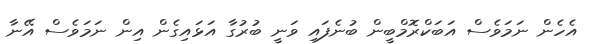
އެހެން ނަމަވެސް އަބަކްރޮމްބީން ބުނެފައި ވަނީ ބުރުގާ އަޅައިގެން އިން ނަމަވެސް އޭނާ